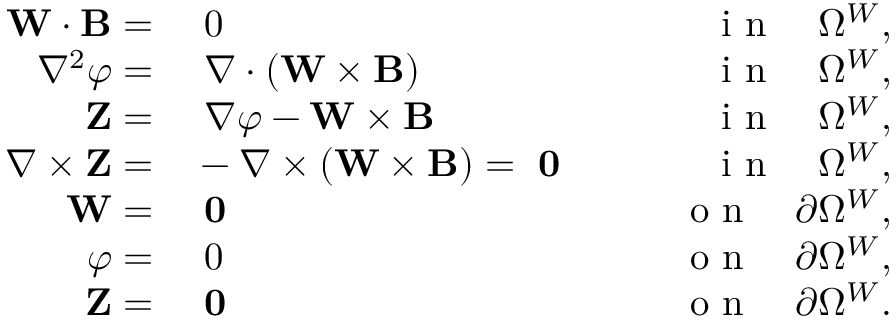
\begin{array} { r l r } { \mathbf { W } \cdot { \mathbf B } = } & { { } ~ 0 } & { \qquad \mathrm { ~ i ~ n ~ } \quad \Omega ^ { W } , } \\ { \nabla ^ { 2 } { \varphi } = } & { { } ~ \nabla \cdot \left( \mathbf { W } \times { \mathbf B } \right) } & { \qquad \mathrm { ~ i ~ n ~ } \quad \Omega ^ { W } , } \\ { \mathbf { Z } = } & { { } ~ \nabla \varphi - \mathbf { W } \times { \mathbf B } } & { \qquad \mathrm { ~ i ~ n ~ } \quad \Omega ^ { W } , } \\ { \nabla \times \mathbf { Z } = } & { { } - \nabla \times ( \mathbf { W } \times { \mathbf B } ) = ~ \mathbf { 0 } } & { \qquad \mathrm { ~ i ~ n ~ } \quad \Omega ^ { W } , } \\ { \mathbf { W } = } & { { } ~ \mathbf { 0 } } & { \qquad \mathrm { ~ o ~ n ~ } \quad \partial \Omega ^ { W } , } \\ { \varphi = } & { { } ~ 0 } & { \qquad \mathrm { ~ o ~ n ~ } \quad \partial \Omega ^ { W } , } \\ { \mathbf { Z } = } & { { } ~ \mathbf { 0 } } & { \qquad \mathrm { ~ o ~ n ~ } \quad \partial \Omega ^ { W } . } \end{array}